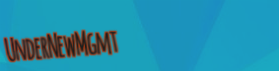
UnderNewMgmt